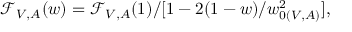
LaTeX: { \mathcal F } _ { V , A } ( w ) = { \mathcal F } _ { V , A } ( 1 ) / [ 1 - 2 ( 1 - w ) / w _ { 0 ( V , A ) } ^ { 2 } ] ,